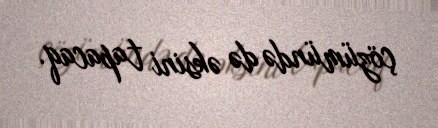
çözümündə də əksini tapacaq.